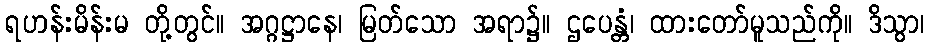
ရဟန်းမိန်းမ တို့တွင်။ အဂ္ဂဋ္ဌာနေ၊ မြတ်သော အရာ၌။ ဌပေန္တံ၊ ထားတော်မူသည်ကို။ ဒိသွာ၊